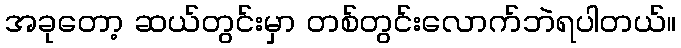
အခုတော့ ဆယ်တွင်းမှာ တစ်တွင်းလောက်ဘဲရပါတယ်။